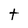
Character: t